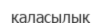
қаласылық